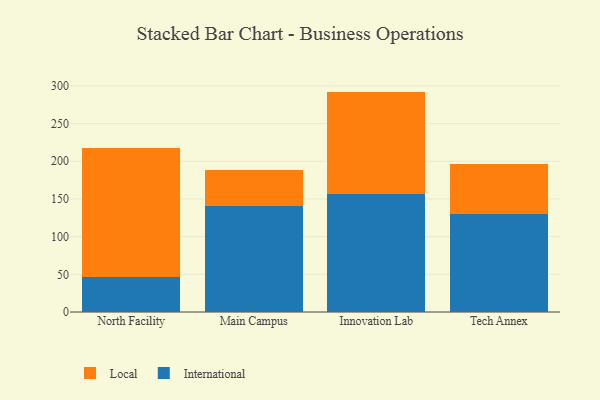
{"axis": {"x": "Campus", "y": "Demand Index"}, "legend": ["International", "Local"], "data": [{"x": "North Facility", "y": 46.8, "type": "International"}, {"x": "North Facility", "y": 171.1, "type": "Local"}, {"x": "Main Campus", "y": 140.5, "type": "International"}, {"x": "Main Campus", "y": 48.4, "type": "Local"}, {"x": "Innovation Lab", "y": 156.7, "type": "International"}, {"x": "Innovation Lab", "y": 135.7, "type": "Local"}, {"x": "Tech Annex", "y": 130.6, "type": "International"}, {"x": "Tech Annex", "y": 66.0, "type": "Local"}]}